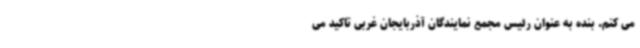
می کنم. بنده به عنوان رئیس مجمع نمایندگان آذربایجان غربی تاکید می